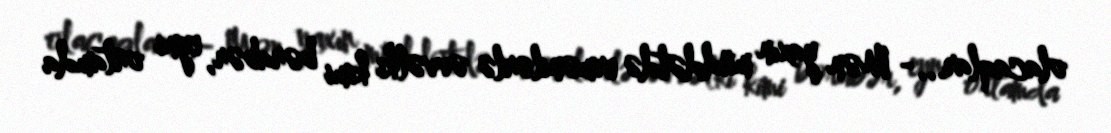
olacaqlar...- Mən yaxın müddətdə ermənilərlə əvvəlki kimi bərabər, eyni ortamda